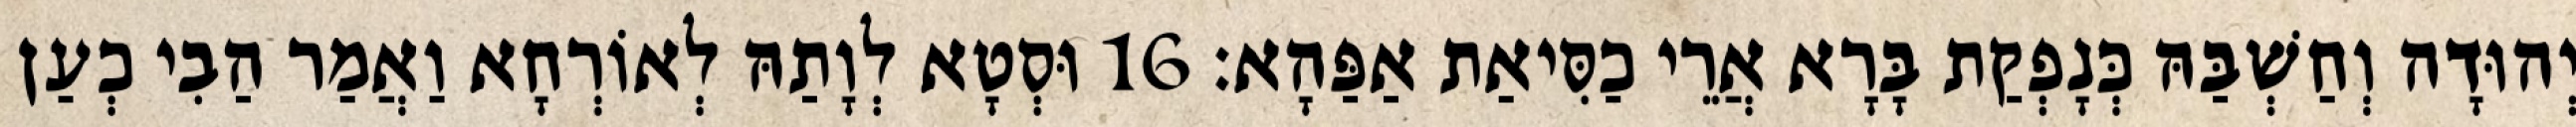
יְהוּדָה וְחַשְׁבַּהּ כְּנָפְקַת בָּרָא אֲרֵי כַסִּיאַת אַפַּהָא׃ 16 וּסְטָא לְוָתַהּ לְאוֹרְחָא וַאֲמַר הַבִי כְעַן